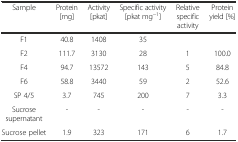
<table><thead><tr><td><b>Sample</b></td><td><b>Protein [mg]</b></td><td><b>Activity [pkat]</b></td><td><b>Specific activity [pkat mg<sup>−1</sup>]</b></td><td><b>Relative specific activity</b></td><td><b>Protein yield [%]</b></td></tr></thead><tbody><tr><td>F1</td><td>40.8</td><td>1408</td><td>35</td><td>[EMPTY_CELL]</td><td>[EMPTY_CELL]</td></tr><tr><td>F2</td><td>111.7</td><td>3130</td><td>28</td><td>1</td><td>100.0</td></tr><tr><td>F4</td><td>94.7</td><td>13572</td><td>143</td><td>5</td><td>84.8</td></tr><tr><td>F6</td><td>58.8</td><td>3440</td><td>59</td><td>2</td><td>52.6</td></tr><tr><td>SP 4/5</td><td>3.7</td><td>745</td><td>200</td><td>7</td><td>3.3</td></tr><tr><td>Sucrose supernatant</td><td>-</td><td>-</td><td>-</td><td>-</td><td>-</td></tr><tr><td>Sucrose pellet</td><td>1.9</td><td>323</td><td>171</td><td>6</td><td>1.7</td></tr></tbody></table>